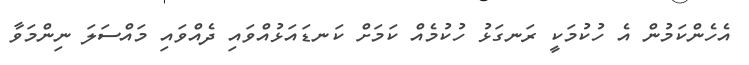
އެހެންކަމުން އެ ހުކުމަކީ ރަނގަޅު ހުކުމެއް ކަމަށް ކަނޑައަޅުއްވައި ދެއްވައި މައްސަލަ ނިންމަވާ